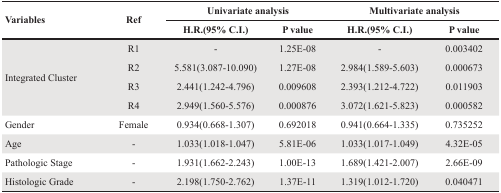
<table><thead><tr><td rowspan="2"><b>Variables</b></td><td rowspan="2"><b>Ref</b></td><td colspan="2"><b>Univariate analysis</b></td><td colspan="2"><b>Multivariate analysis</b></td></tr><tr><td><b>H.R.(95% C.I.)</b></td><td><b>P value</b></td><td><b>H.R.(95% C.I.)</b></td><td><b>P value</b></td></tr></thead><tbody><tr><td rowspan="4">Integrated Cluster</td><td>R1</td><td>-</td><td>1.25E-08</td><td>-</td><td>0.003402</td></tr><tr><td>R2</td><td>5.581(3.087-10.090)</td><td>1.27E-08</td><td>2.984(1.589-5.603)</td><td>0.000673</td></tr><tr><td>R3</td><td>2.441(1.242-4.796)</td><td>0.009608</td><td>2.393(1.212-4.722)</td><td>0.011903</td></tr><tr><td>R4</td><td>2.949(1.560-5.576)</td><td>0.000876</td><td>3.072(1.621-5.823)</td><td>0.000582</td></tr><tr><td>Gender</td><td>Female</td><td>0.934(0.668-1.307)</td><td>0.692018</td><td>0.941(0.664-1.335)</td><td>0.735252</td></tr><tr><td>Age</td><td>-</td><td>1.033(1.018-1.047)</td><td>5.81E-06</td><td>1.033(1.017-1.049)</td><td>4.32E-05</td></tr><tr><td>Pathologic Stage</td><td>-</td><td>1.931(1.662-2.243)</td><td>1.00E-13</td><td>1.689(1.421-2.007)</td><td>2.66E-09</td></tr><tr><td>Histologic Grade</td><td>-</td><td>2.198(1.750-2.762)</td><td>1.37E-11</td><td>1.319(1.012-1.720)</td><td>0.040471</td></tr></tbody></table>